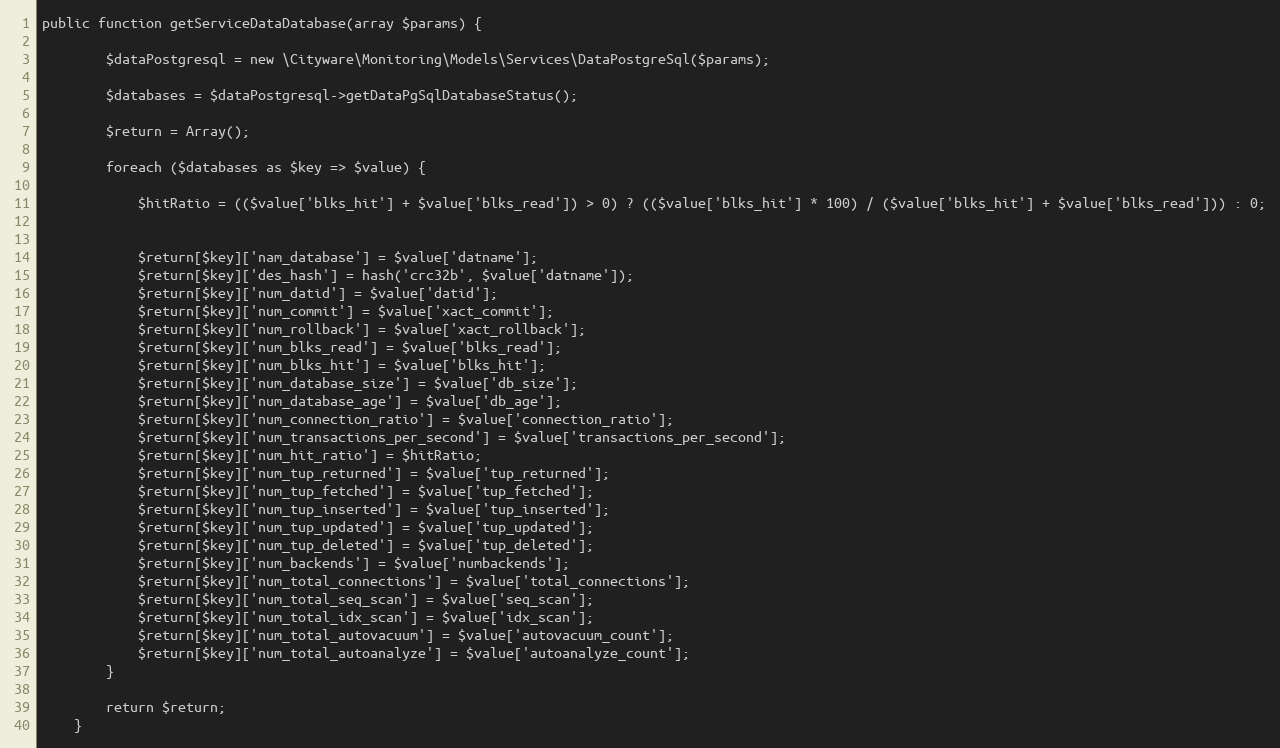
Language: PHP
public function getServiceDataDatabase(array $params) {

        $dataPostgresql = new \Cityware\Monitoring\Models\Services\DataPostgreSql($params);

        $databases = $dataPostgresql->getDataPgSqlDatabaseStatus();

        $return = Array();

        foreach ($databases as $key => $value) {

            $hitRatio = (($value['blks_hit'] + $value['blks_read']) > 0) ? (($value['blks_hit'] * 100) / ($value['blks_hit'] + $value['blks_read'])) : 0;

            $return[$key]['nam_database'] = $value['datname'];
            $return[$key]['des_hash'] = hash('crc32b', $value['datname']);
            $return[$key]['num_datid'] = $value['datid'];
            $return[$key]['num_commit'] = $value['xact_commit'];
            $return[$key]['num_rollback'] = $value['xact_rollback'];
            $return[$key]['num_blks_read'] = $value['blks_read'];
            $return[$key]['num_blks_hit'] = $value['blks_hit'];
            $return[$key]['num_database_size'] = $value['db_size'];
            $return[$key]['num_database_age'] = $value['db_age'];
            $return[$key]['num_connection_ratio'] = $value['connection_ratio'];
            $return[$key]['num_transactions_per_second'] = $value['transactions_per_second'];
            $return[$key]['num_hit_ratio'] = $hitRatio;
            $return[$key]['num_tup_returned'] = $value['tup_returned'];
            $return[$key]['num_tup_fetched'] = $value['tup_fetched'];
            $return[$key]['num_tup_inserted'] = $value['tup_inserted'];
            $return[$key]['num_tup_updated'] = $value['tup_updated'];
            $return[$key]['num_tup_deleted'] = $value['tup_deleted'];
            $return[$key]['num_backends'] = $value['numbackends'];
            $return[$key]['num_total_connections'] = $value['total_connections'];
            $return[$key]['num_total_seq_scan'] = $value['seq_scan'];
            $return[$key]['num_total_idx_scan'] = $value['idx_scan'];
            $return[$key]['num_total_autovacuum'] = $value['autovacuum_count'];
            $return[$key]['num_total_autoanalyze'] = $value['autoanalyze_count'];
        }

        return $return;
    }